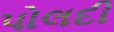
પોલદી